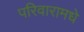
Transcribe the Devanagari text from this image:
परिवारामधे